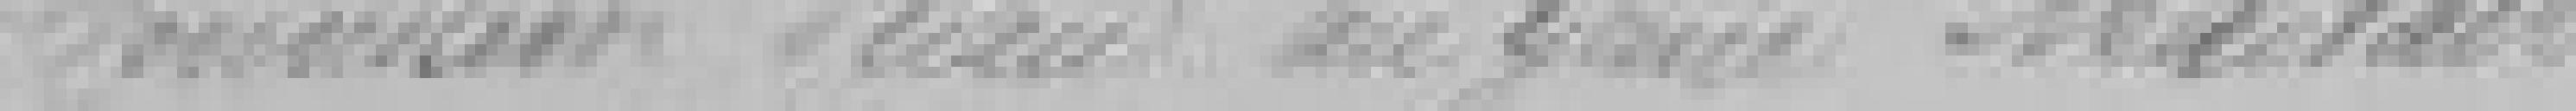
du Génie Militaire